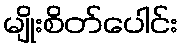
မျိုးစိတ်ပေါင်း